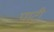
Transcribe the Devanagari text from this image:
पाट्री